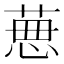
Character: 𦴜